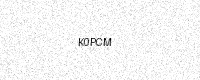
Text: K0PCM